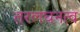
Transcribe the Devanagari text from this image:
तरलघनत्व